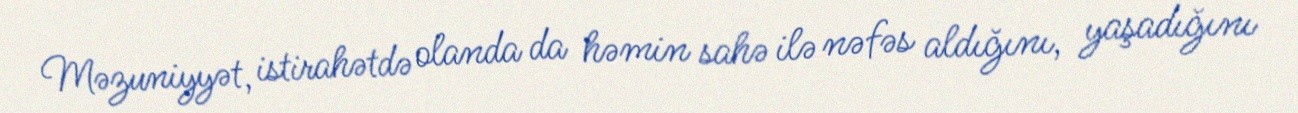
Məzuniyyət, istirahətdə olanda da həmin sahə ilə nəfəs aldığını, yaşadığını